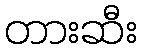
တားဆီး